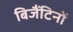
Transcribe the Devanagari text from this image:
बिजैंटिनों